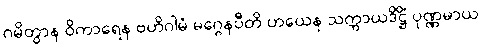
ဂမိတွာန ဝိကာရေန ဗဟိဂါမံ မဂ္ဂေနပီတိ ဟယေန သက္ကာယဒိဋ္ဌိံ ပုဏ္ဏမာယ